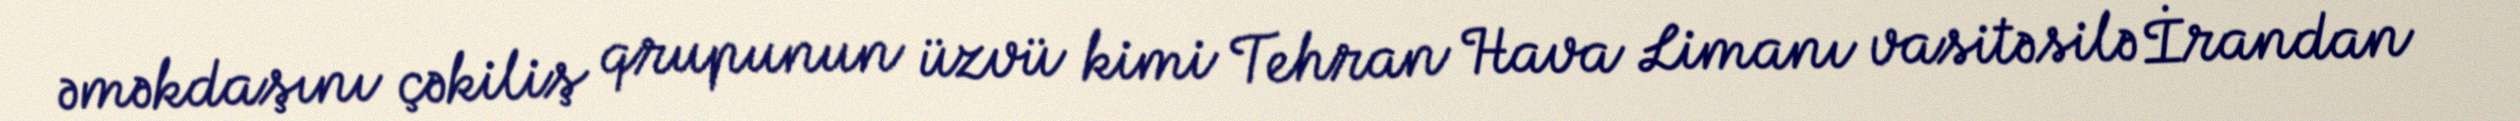
əməkdaşını çəkiliş qrupunun üzvü kimi Tehran Hava Limanı vasitəsilə İrandan